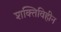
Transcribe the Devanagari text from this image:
शक्तिविहीन